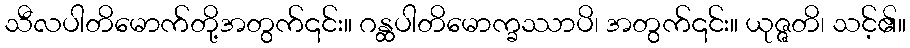
သီလပါတိမောက်တို့အတွက်၎င်း။ ဂန္ထပါတိမောက္ခဿာပိ၊ အတွက်၎င်း။ ယုဇ္ဇတိ၊ သင့်၏။